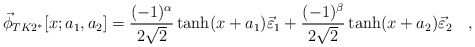
\begin{align*}\vec{\phi}_{TK2^{*}}[x;a_1,a_2]=\frac{(-1)^\alpha }{2\sqrt{2}}\tanh(x+a_1)\vec{\varepsilon}_1+ \frac{(-1)^\beta}{2\sqrt{2}}\tanh(x+a_2)\vec{\varepsilon}_2 \quad ,\end{align*}